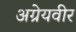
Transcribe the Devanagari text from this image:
अग्रेयवीर